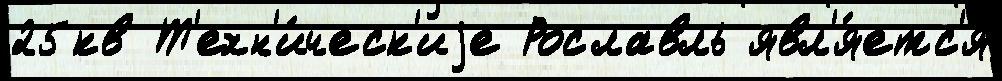
25кв Т'ехн'и́ческ'иjе Рославль явл'я́етс'я